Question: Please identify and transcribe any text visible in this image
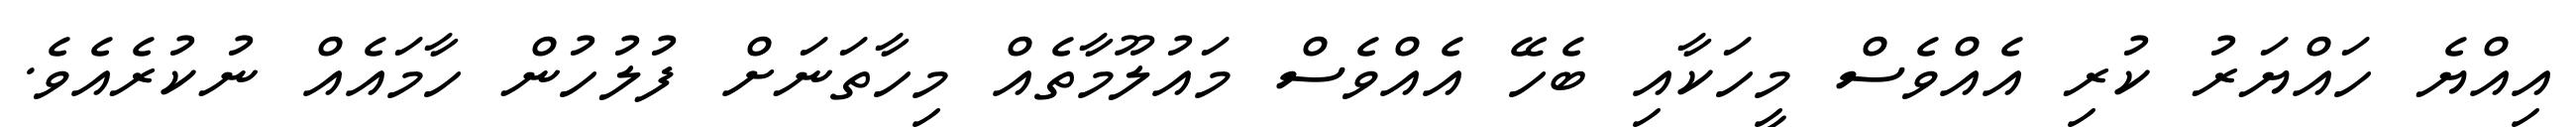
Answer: އިއްޔެ ހައްޔަރު ކުރި އެއްވެސް މީހަކާއި ބެހޭ އެއްވެސް މައުލޫމާތެއް މިހާތަނަށް ފުލުހުން ހާމައެއް ނުކުރެއެވެ.